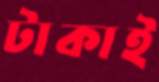
টাকাই